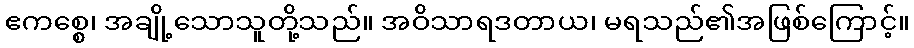
ဧကစ္စေ၊ အချို့သောသူတို့သည်။ အဝိသာရဒတာယ၊ မရသည်၏အဖြစ်ကြောင့်။